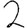
Digit: 2